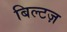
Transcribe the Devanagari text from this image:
बिल्टज़